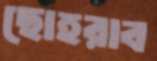
ছোহরাব